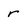
Character: r